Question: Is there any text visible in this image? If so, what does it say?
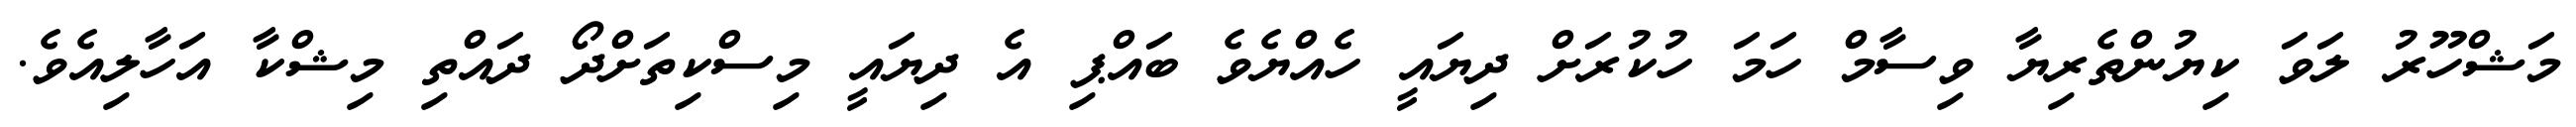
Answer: މަޝްހޫރު ލަވަ ކިޔުންތެރިޔާ ވިސާމް ހަމަ ހުކުރަށް ދިޔައީ ހެއްޔެވެ ބައްޕި އެ ދިޔައީ މިސްކިތަށްދޯ ދައްތި މިޝްކާ އަހާލިއެވެ.